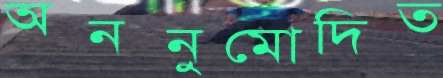
অননুমোদিত